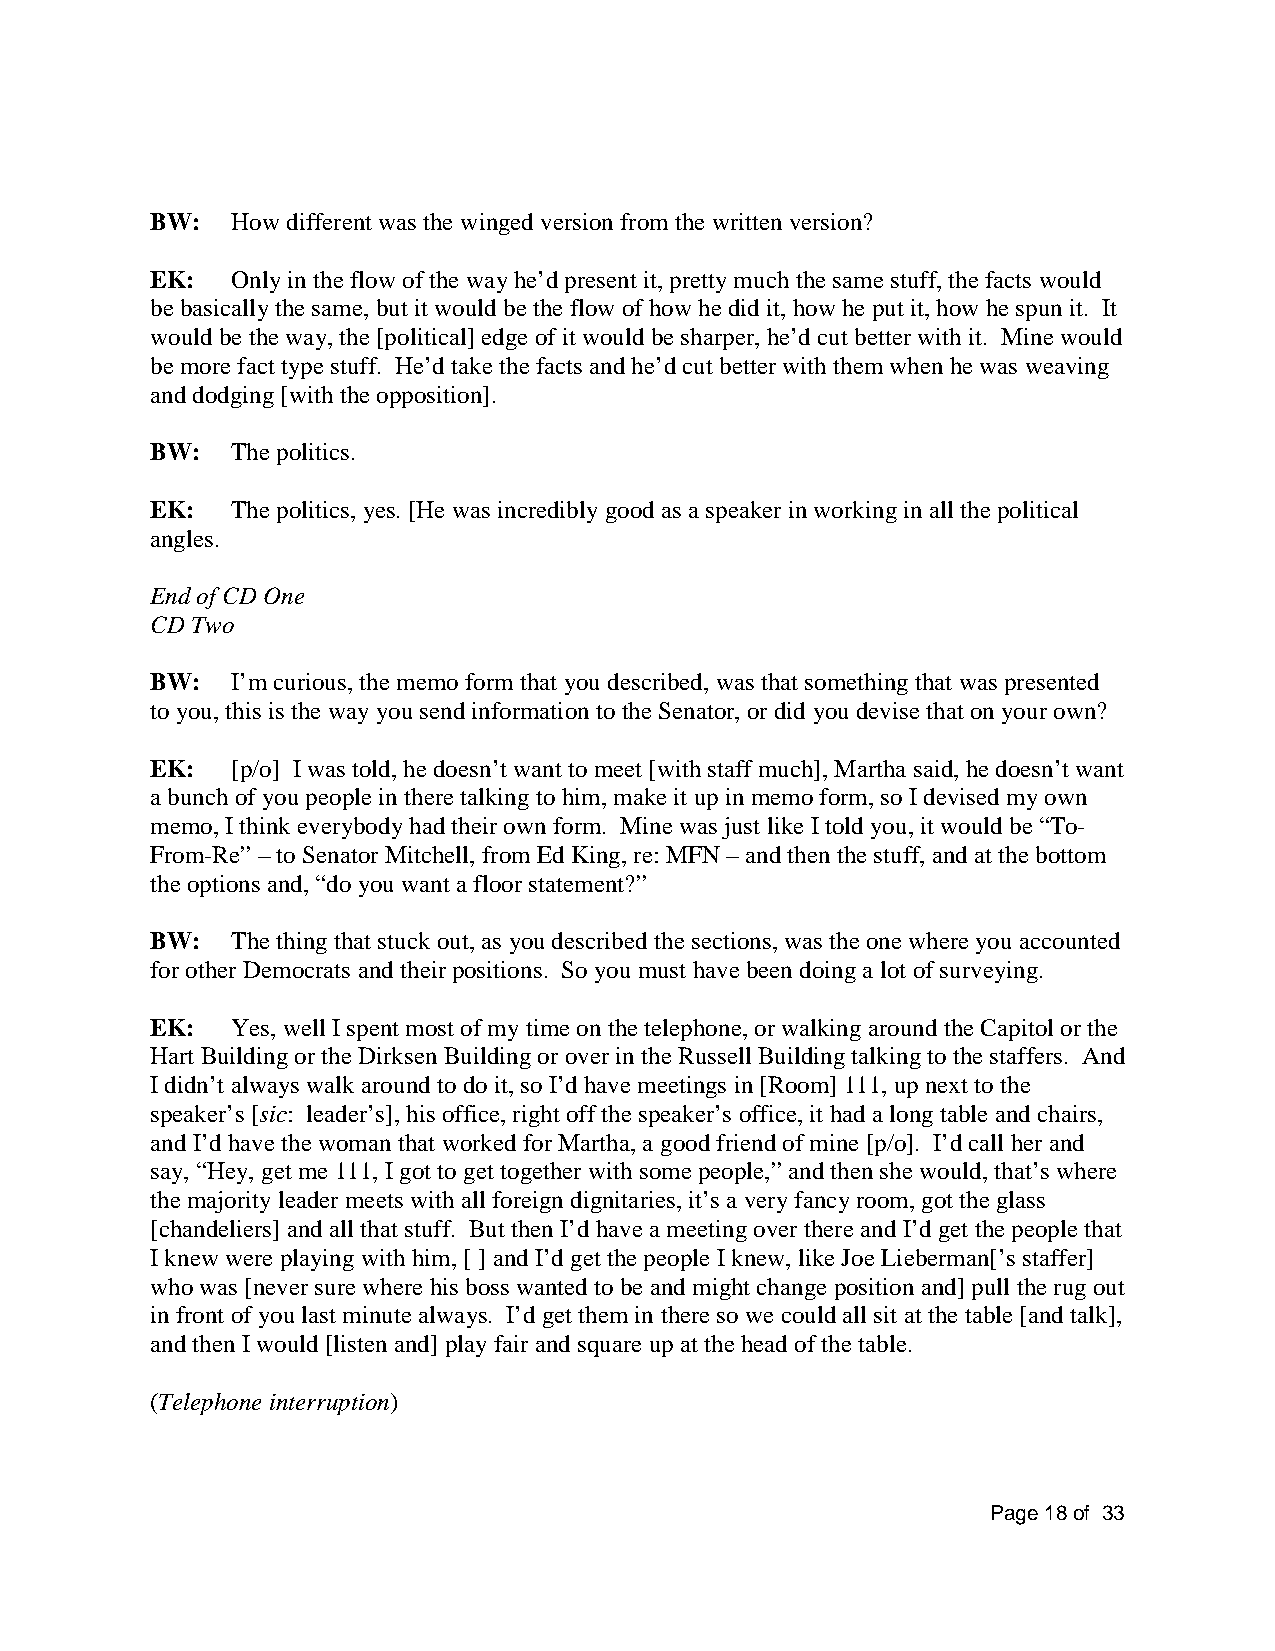
BW:  How different was the winged version from the written version?
 EK:  Only in the flow of the way he’d present it, pretty much the same stuff, the facts would
 be basically the same, but it would be the flow of how he did it, how he put it, how he spun it. It
 would be the way, the [political] edge of it would be sharper, he’d cut better with it. Mine would
 be more fact type stuff. He’d take the facts and he’d cut better with them when he was weaving
 and dodging [with the opposition].
 BW:  The politics.
 EK:  The politics, yes. [He was incredibly good as a speaker in working in all the political
 angles.
 End of CD One
 CD Two
 BW:  I’m curious, the memo form that you described, was that something that was presented
 to you, this is the way you send information to the Senator, or did you devise that on your own?
 EK:  [p/o] I was told, he doesn’t want to meet [with staff much], Martha said, he doesn’t want
 a bunch of you people in there talking to him, make it up in memo form, so I devised my own
 memo, I think everybody had their own form. Mine was just like I told you, it would be “To-
 From-Re” – to Senator Mitchell, from Ed King, re: MFN – and then the stuff, and at the bottom
 the options and, “do you want a floor statement?”
 BW:  The thing that stuck out, as you described the sections, was the one where you accounted
 for other Democrats and their positions. So you must have been doing a lot of surveying.
 EK:  Yes, well I spent most of my time on the telephone, or walking around the Capitol or the
 Hart Building or the Dirksen Building or over in the Russell Building talking to the staffers. And
 I didn’t always walk around to do it, so I’d have meetings in [Room] 111, up next to the
 speaker’s [sic: leader’s], his office, right off the speaker’s office, it had a long table and chairs,
 and I’d have the woman that worked for Martha, a good friend of mine [p/o]. I’d call her and
 say, “Hey, get me 111, I got to get together with some people,” and then she would, that’s where
 the majority leader meets with all foreign dignitaries, it’s a very fancy room, got the glass
 [chandeliers] and all that stuff. But then I’d have a meeting over there and I’d get the people that
 I knew were playing with him, [ ] and I’d get the people I knew, like Joe Lieberman[’s staffer]
 who was [never sure where his boss wanted to be and might change position and] pull the rug out
 in front of you last minute always. I’d get them in there so we could all sit at the table [and talk],
 and then I would [listen and] play fair and square up at the head of the table.
 (Telephone interruption)
 Page 18 of 33